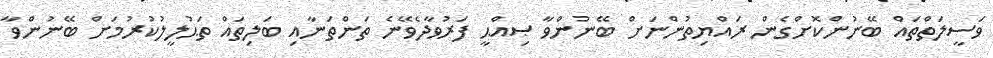
ވަސީލަތްތައް ބޭނުންކޮށްގެން ރައްޔިތުންނަށް ބޭނުންވާ ޞިއްޙީ ފަރުވާދެވޭނެ ތަންތަނާއި ބަލިތައް ތަޙުލީލުކުރުމަށް ބޭނުންވާ